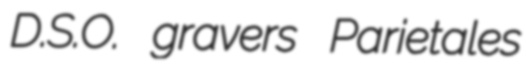
D.S.O. gravers Parietales